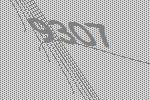
9307